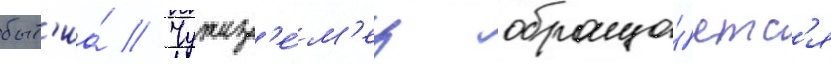
быт'иа́ // Чужез'е́м'ец обраща́етс'я